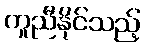
ကူညီနိုင်သည့်